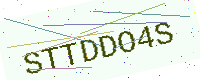
Text: STTDDO4S